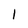
Character: 1